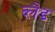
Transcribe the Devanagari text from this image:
ब्लैड